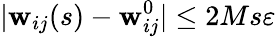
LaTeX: |\mathbf{w}_{ij}(s)-\mathbf{w}_{ij}^{0}|\leq2Ms\varepsilon